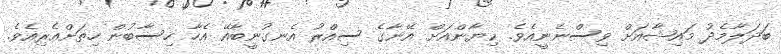
ބަދަލާމެދު މައިޝާއަށް ވިސްނެނީއެވެ. ކިޔާންއަށް އޭނާގެ ސިއްރު އެނގުނީބާއޭ އެހާ ހިސާބުން ހިތަށްއެރިއެވެ.